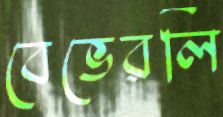
বেভেরলি